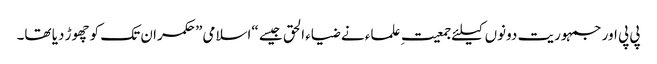
پی پی اور جمہوریت دونوں کیلئے جمعیتِ علماء نے ضیاء الحق جیسے “اسلامی” حکمران تک کو چھوڑ دیا تھا۔